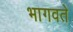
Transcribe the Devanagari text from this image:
भागवते